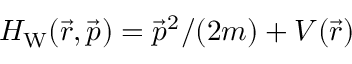
{ H _ { \mathrm { W } } ( \vec { r } , \vec { p } ) = \vec { p } ^ { 2 } / ( 2 m ) + V ( \vec { r } ) }